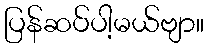
ပြန်ဆပ်ပါ့မယ်ဗျာ။